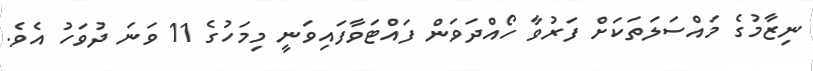
ނިޒާމުގެ މައްސަލަތަކަށް ފަރުވާ ހޯއްދަވަން ފައްޓަވާފައިވަނީ މިމަހުގެ 11 ވަނަ ދުވަހު އެވެ.